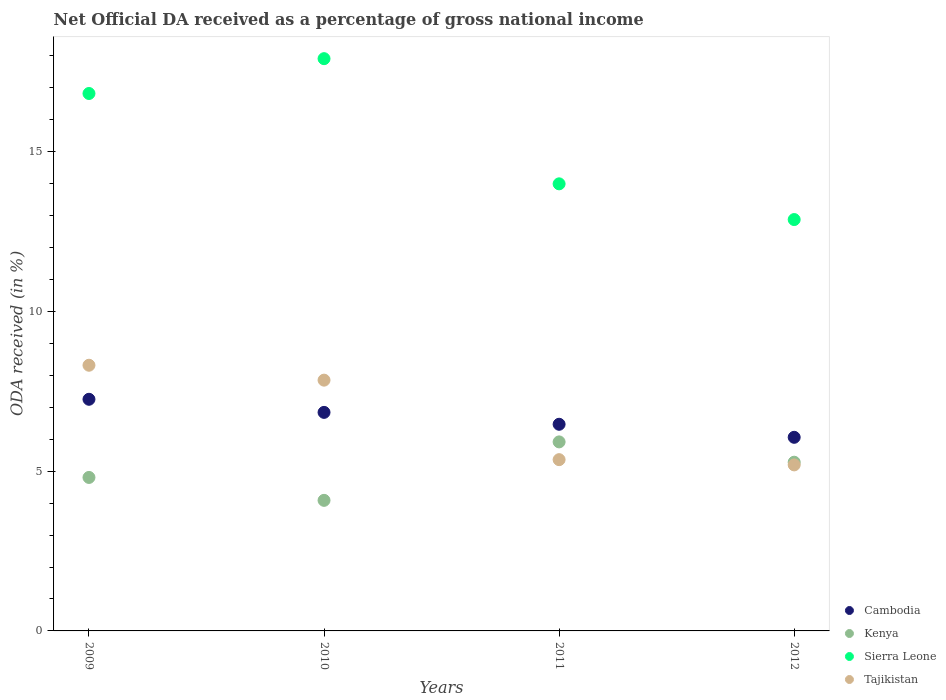
| Years | Cambodia | Kenya | Sierra Leone | Tajikistan |
 | --- | --- | --- | --- | --- |
 | 2009 | 7.25 | 4.8 | 16.8 | 8.32 |
 | 2010 | 6.84 | 4.09 | 17.9 | 7.85 |
 | 2011 | 6.47 | 5.92 | 14 | 5.36 |
 | 2012 | 6.06 | 5.28 | 12.9 | 5.2 |